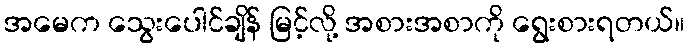
အမေက သွေးပေါင်ချိန် မြင့်လို့ အစားအစာကို ရွေးစားရတယ်။